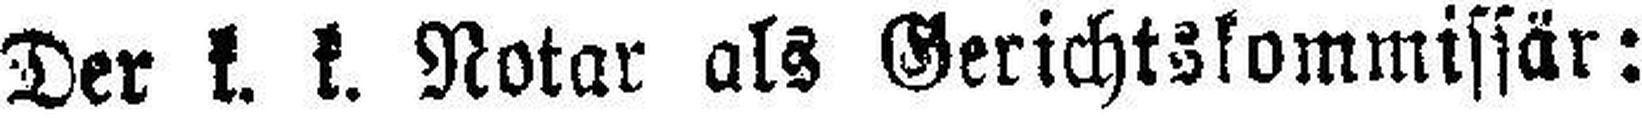
Der k. k. Notar als Gerichtskommissär: